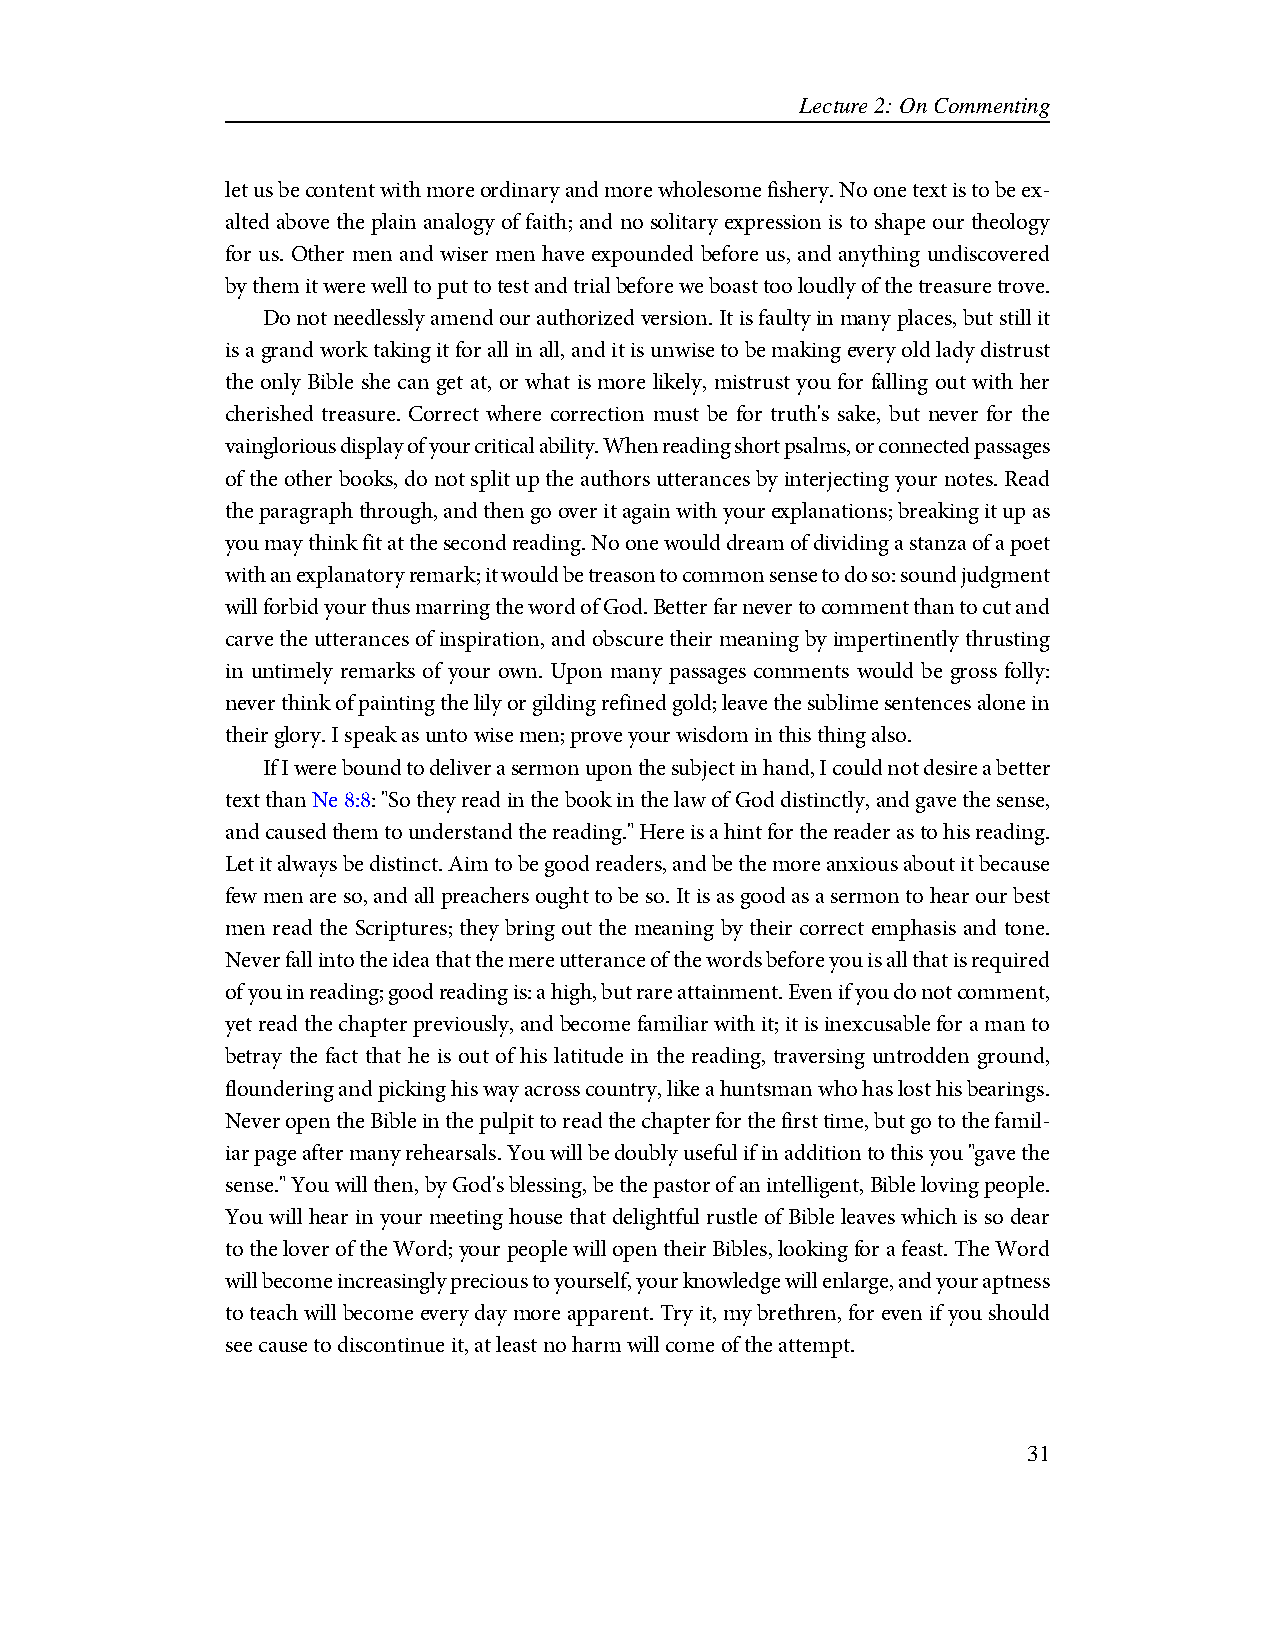
Lecture 2: On Commenting
 let us be content with more ordinary and more wholesome fishery. No one text is to be ex-
 alted above the plain analogy of faith; and no solitary expression is to shape our theology
 for us. Other men and wiser men have expounded before us, and anything undiscovered
 by them it were well to put to test and trial before we boast too loudly of the treasure trove.
 Do not needlessly amend our authorized version. It is faulty in many places, but still it
 is a grand work taking it for all in all, and it is unwise to be making every old lady distrust
 the only Bible she can get at, or what is more likely, mistrust you for falling out with her
 cherished treasure. Correct where correction must be for truth's sake, but never for the
 vainglorious display of your critical ability. When reading short psalms, or connected passages
 of the other books, do not split up the authors utterances by interjecting your notes. Read
 the paragraph through, and then go over it again with your explanations; breaking it up as
 you may think fit at the second reading. No one would dream of dividing a stanza of a poet
 with an explanatory remark; it would be treason to common sense to do so: sound judgment
 will forbid your thus marring the word of God. Better far never to comment than to cut and
 carve the utterances of inspiration, and obscure their meaning by impertinently thrusting
 in untimely remarks of your own. Upon many passages comments would be gross folly:
 never think of painting the lily or gilding refined gold; leave the sublime sentences alone in
 their glory. I speak as unto wise men; prove your wisdom in this thing also.
 If I were bound to deliver a sermon upon the subject in hand, I could not desire a better
 text than Ne 8:8: "So they read in the book in the law of God distinctly, and gave the sense,
 and caused them to understand the reading." Here is a hint for the reader as to his reading.
 Let it always be distinct. Aim to be good readers, and be the more anxious about it because
 few men are so, and all preachers ought to be so. It is as good as a sermon to hear our best
 men read the Scriptures; they bring out the meaning by their correct emphasis and tone.
 Never fall into the idea that the mere utterance of the words before you is all that is required
 of you in reading; good reading is: a high, but rare attainment. Even if you do not comment,
 yet read the chapter previously, and become familiar with it; it is inexcusable for a man to
 betray the fact that he is out of his latitude in the reading, traversing untrodden ground,
 floundering and picking his way across country, like a huntsman who has lost his bearings.
 Never open the Bible in the pulpit to read the chapter for the first time, but go to the famil-
 iar page after many rehearsals. You will be doubly useful if in addition to this you "gave the
 sense." You will then, by God's blessing, be the pastor of an intelligent, Bible loving people.
 You will hear in your meeting house that delightful rustle of Bible leaves which is so dear
 to the lover of the Word; your people will open their Bibles, looking for a feast. The Word
 will become increasingly precious to yourself, your knowledge will enlarge, and your aptness
 to teach will become every day more apparent. Try it, my brethren, for even if you should
 see cause to discontinue it, at least no harm will come of the attempt.
 31